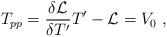
LaTeX: \begin{align*} T_{pp}={\delta {{\cal L}}\over \delta T'}T'-{\cal L} = V_0\ ,\end{align*}